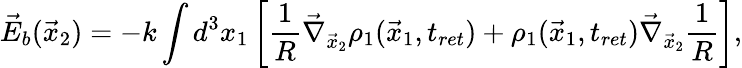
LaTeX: \vec{E}_{b}(\vec{x}_{2})=-k\int d^{3}x_{1}\left[\frac{1}{R}\vec{\nabla}_{\vec{x}_{2}}\rho_{1}(\vec{x}_{1},t_{ret})+\rho_{1}(\vec{x}_{1},t_{ret})\vec{\nabla}_{\vec{x}_{2}}\frac{1}{R}\right],